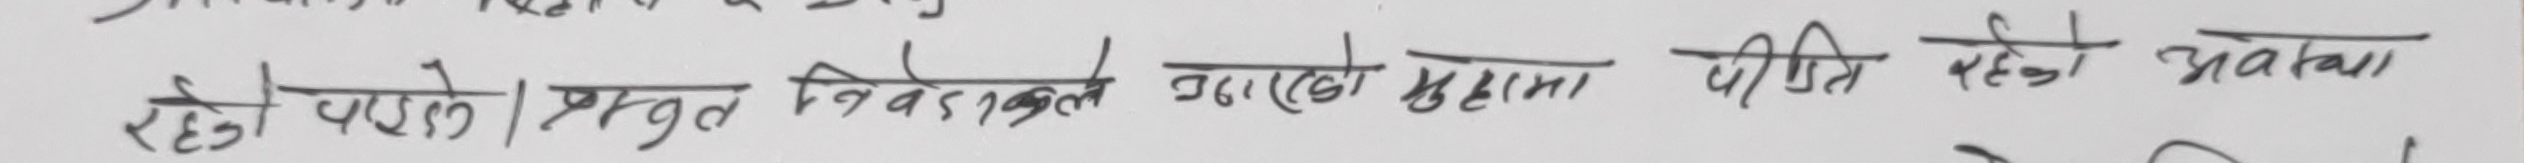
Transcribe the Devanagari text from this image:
रहेको यसले। प्रस्तुत निवेदनले उठाएको मुद्दामा पीडित रहेको अवस्था